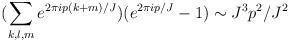
LaTeX: \begin{align*}(\sum_{k,l,m} e^{2\pi i p(k+m)/J})(e^{2\pi i p/J}-1) \sim J^3 p^2/J^2\end{align*}